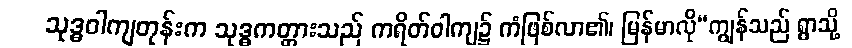
သုဒ္ဓဝါကျတုန်းက သုဒ္ဓကတ္တားသည် ကရိတ်ဝါကျ၌ ကံဖြစ်လာ၏၊ မြန်မာလို“ကျွန်သည် ရွာသို့